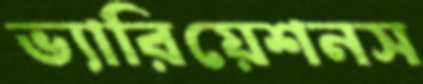
ভ্যারিয়েশনস